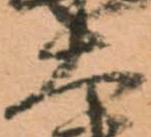
大